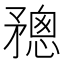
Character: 𥎋